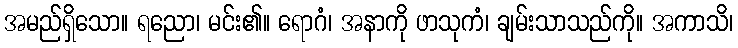
အမည်ရှိသော။ ရညော၊ မင်း၏။ ရောဂံ၊ အနာကို ဖာသုကံ၊ ချမ်းသာသည်ကို။ အကာသိ၊